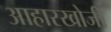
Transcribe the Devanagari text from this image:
आहारखोजी